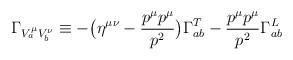
LaTeX: \begin{align*}\Gamma_{V^\mu_a V^\nu _b} \equiv - \bigl( \eta ^{\mu \nu} - {p^\mu p^\mu \over p^2 } \bigr) \Gamma^T_{ab}- {p^\mu p^\mu \over p^2 } \Gamma^L_{ab}\end{align*}